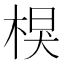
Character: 𣔑